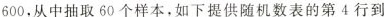
600，从中抽取60个样本，如下提供随机数表的第4行到